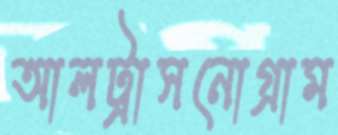
আলট্রাসনোগ্রাম